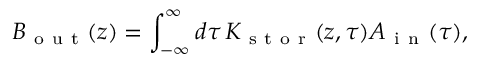
B _ { \mathrm { ~ o ~ u ~ t ~ } } ( z ) = \int _ { - \infty } ^ { \infty } d \tau \, K _ { \mathrm { ~ s ~ t ~ o ~ r ~ } } ( z , \tau ) A _ { \mathrm { ~ i ~ n ~ } } ( \tau ) ,